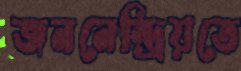
জননেন্দ্রিয়তে